Report by Surgeon-Captain Childe, I.M.S. - Part II
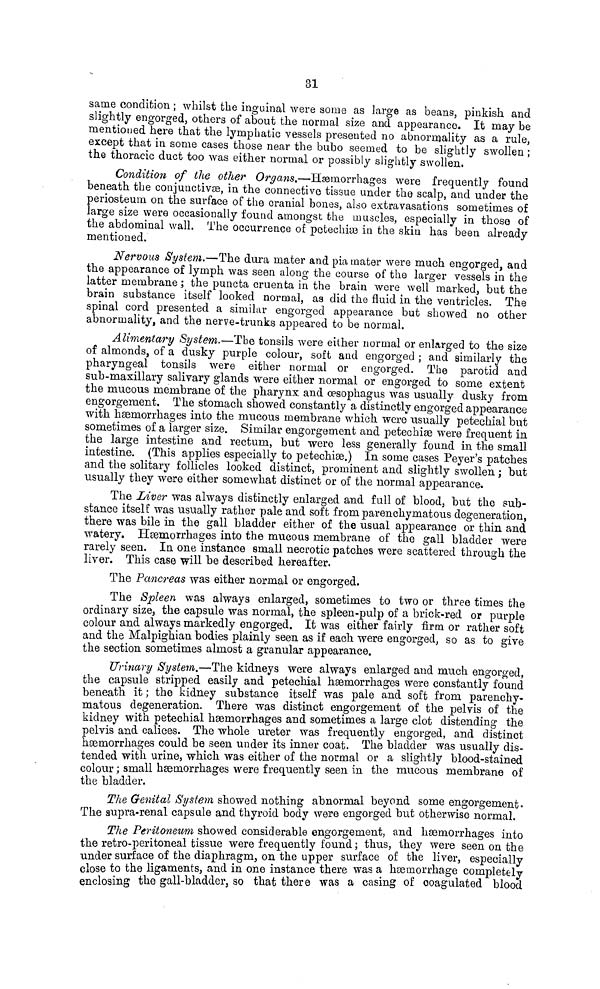
81
same condition ; whilst the inguinal were some as large as beans, pinkish and
slightly engorged, others of about the normal size and appearance. It may be
mentioned here that the lymphatic vessels presented no abnormality as a rule,
except that in some cases those near the bubo seemed to be slightly swollen ;
the thoracic duct too was either normal or possibly slightly swollen.
Condition of the other Organs.—Haemorrhages were frequently found
beneath the conjunctivae, in the connective tissue under the scalp, and under the
periosteum on the surface of the cranial bones, also extravasations sometimes of
large size were occasionally found amongst the muscles, especially in those of
the abdominal wall. The occurrence of potechiae in the skin has been already
mentioned.
Nervous System.—The dura mater and pía mater were much engorged, and
the appearance of lymph was seen along the course of the larger vessels in the
latter membrane ; the puncta cruenta in the brain were well marked, but the
brain substance itself looked normal, as did the fluid in the ventricles. The
spinal cord presented a similar engorged appearance but showed no other
abnormality, and the nerve-trunks appeared to be normal.
Alimentary System.—The tonsils were either normal or enlarged to the size
of almonds, of a dusky purple colour, soft and engorged ; and similarly the
pharyngeal tonsils were either normal or engorged. The parotid and
sub-maxillary salivary glands were either normal or engorged to some extent
the mucous membrane of the pharynx and oesophagus was usually dusky from
engorgement. The stomach showed constantly a distinctly engorged appearance
with haemorrhages into the mucous membrane which were usually petechial but
sometimes of a larger size. Similar engorgement and petechiae were frequent in
the large intestine and rectum, but were less generally found in the small
intestine. (This applies especially to petechise.) In some cases Peyer's patches
and the solitary follicles looked distinct, prominent and slightly swollen ; but
usually they were either somewhat distinct or of the normal appearance.
The Liver was always distinctly enlarged and full of blood, but the sub-
stance itself was usually rather pale and soft from parenchymatous degeneration,
there was bile in the gall bladder either of the usual appearance or thin and
watery. Haemorrhages into the mucous membrane of the gall bladder were
rarely seen. In one instance small necrotie patches were scattered through the
liver. This case will be described hereafter.
The Pancreas was either normal or engorged.
The Spleen was always enlarged, sometimes to two or three times the
ordinary size, the capsule was normal, the spleen-pulp of a brick-red or purple
colour and always markedly engorged. It was either fairly firm or rather soft
and the Malpighian bodies plainly seen as if each were engorged, so as to give
the section sometimes almost a granular appearance.
Urinary System.—The kidneys were always enlarged and much engorged,
the capsule stripped easily and petechial haemorrhages were constantly found
beneath it ; the kidney substance itself was pale and soft from parenchy-
matous degeneration. There was distinct engorgement of the pelvis of the
kidney with petechial haemorrhages and sometimes a large clot distending the
pelvis and calices. The whole ureter was frequently engorged, and distinct
haemorrhages could be seen under its inner coat. The bladder was usually dis-
tended with urine, which was either of the normal or a slightly blood-stained
colour ; small haemorrhages were frequently seen in the mucous membrane of
the bladder.
The Genital System showed nothing abnormal beyond some engorgement.
The supra-renal capsule and thyroid body were engorged but otherwise normal.
The Peritoneum showed considerable engorgement, and haemorrhages into
the retro-peritoneal tissue were frequently found; thus, they were seen on the
under surface of the diaphragm, on the upper surface of the liver, especially
close to the ligaments, and in one instance there was a haemorrhage completely
enclosing the gall-bladder, so that there was a casing of coagulated blood